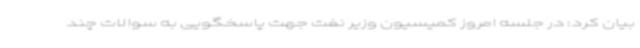
بیان کرد: در جلسه امروز کمیسیون وزیر نفت جهت پاسخگویی به سوالات چند